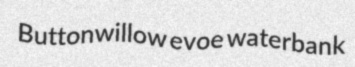
Buttonwillow evoe waterbank